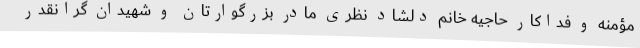
مؤمنه و فداکار حاجیه خانم دلشاد نظری مادر بزرگوارتان و شهیدان گرانقدر